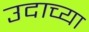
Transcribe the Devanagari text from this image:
उदाच्या